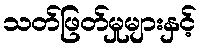
သတ်ဖြတ်မှုများနှင့်